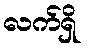
လက်ရှိ